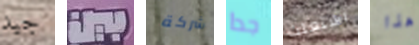
جيد بين شركة جدا اشتعلت هذا